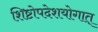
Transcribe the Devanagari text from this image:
शिष्टोपदेशयोगात्